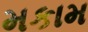
મકામ